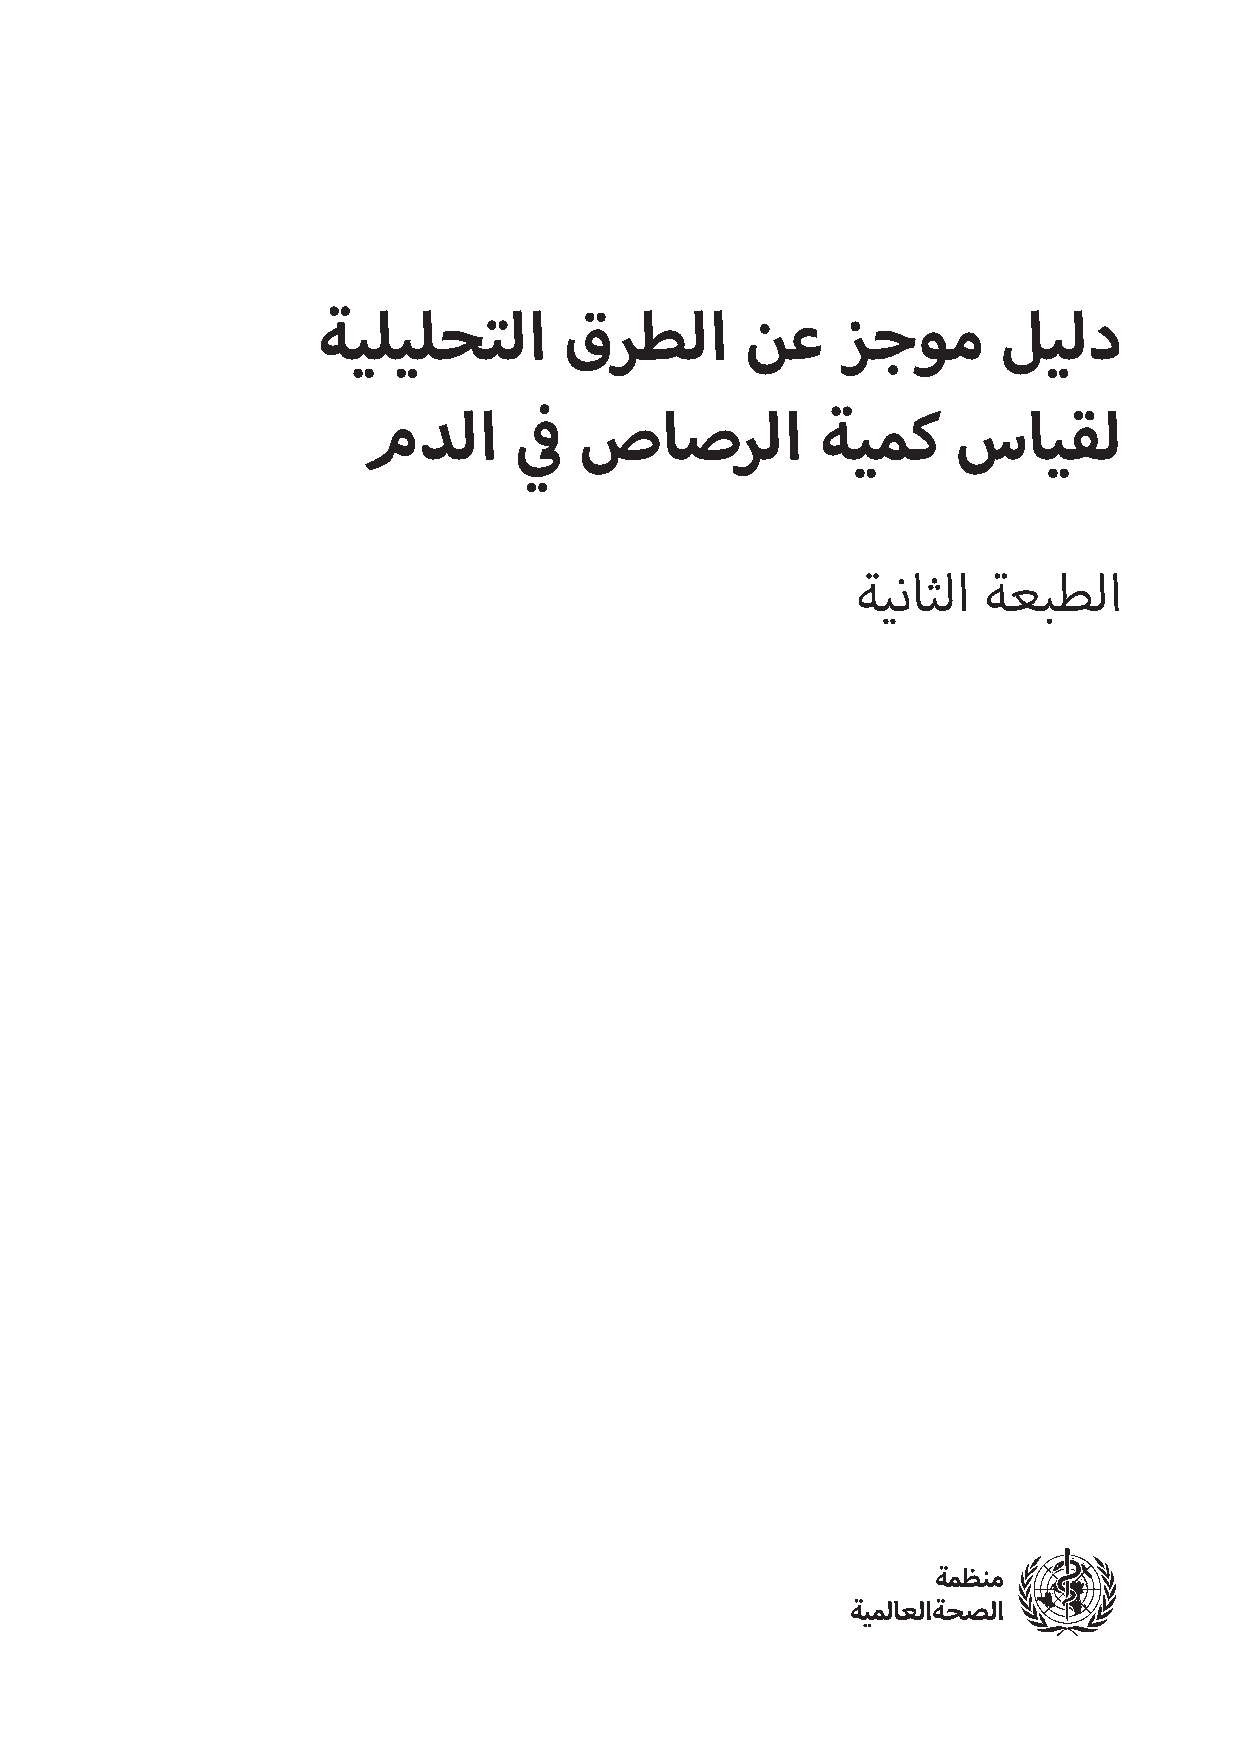
ف        ف
 مدلا �ي صاصرلا ةيمك سايق �ي ةعبتملا ةيليلحتلا قرطلا
 ةيليلحتلا       قرطلا       نع     زجوم      ليلد
 ف
 مدلا      �   صاصرلا          ةيمك     سايقل
 ي
 ةيناثلا ةعبطلا
 ةمظنم
 ة يملاعلا ةحصلا
 i